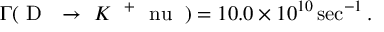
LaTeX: \Gamma ( { \mathrm { ~ D ~ } } { \mathrm { ~ \rightarrow ~ } } K { \mathrm { ~ \ell ^ { + } ~ \ n u _ { \ell } ~ } } ) = 1 0 . 0 \times 1 0 ^ { 1 0 } \sec ^ { - 1 } .